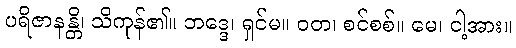
ပရိဇာနန္တိ၊ သိကုန်၏။ ဘဒ္ဒေ၊ ရှင်မ။ ဝတ၊ စင်စစ်။ မေ၊ ငါ့အား။